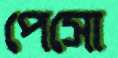
পেসো